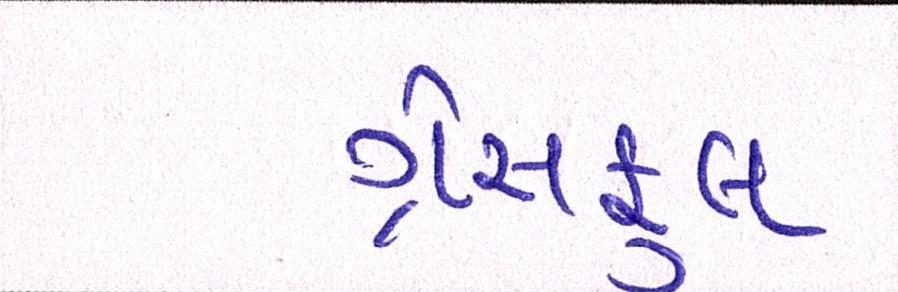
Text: ગ્રેસફૂલ